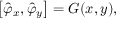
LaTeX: \left[ \hat { \varphi } _ { x } , \hat { \varphi } _ { y } \right] = G ( x , y ) ,